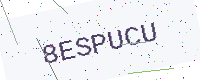
Text: 8ESPUCU